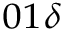
_ { 0 1 \delta }